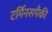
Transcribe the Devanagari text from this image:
टर्मिनसपैकी